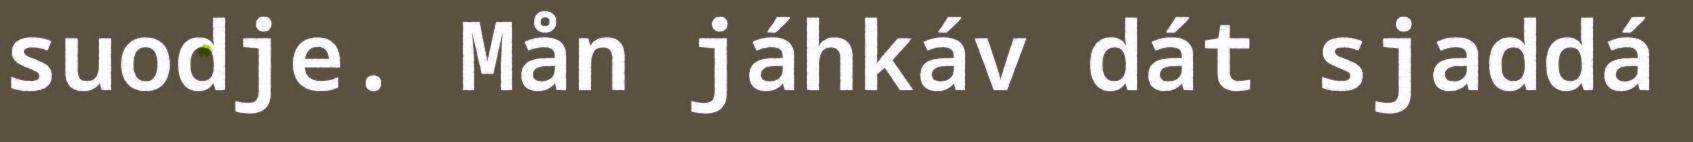
suodje. Mån jáhkáv dát sjaddá